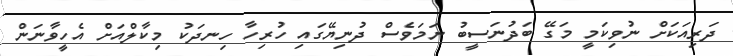
ދަރިއަކަށް ނުވިކަމީ މަގޭ ބަދުނަސީބު ނަމަވެސް ދުނިޔޭގައި ހުރިހާ ހިނދަކު މިކާލްއަށް އެހީވާނަން